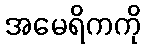
အမေရိကကို